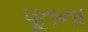
પૂતના